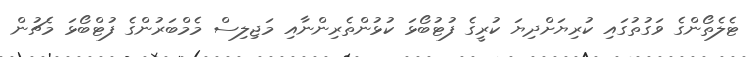
ޓެލެތޯންގެ ވަގުތުގައި ކުރިޔަށްދިޔަ ކުރީގެ ފުޓުބޯޅަ ކުޅުންތެރިންނާއި މަޖިލިސް މެމްބަރުންގެ ފުޓްބޯޅަ މެޗުން